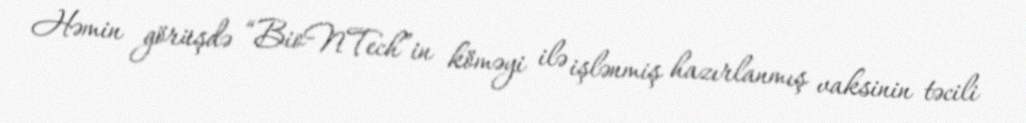
Həmin görüşdə “BioNTech”in köməyi ilə işlənmiş hazırlanmış vaksinin təcili